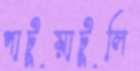
পাটুয়াটুলি